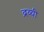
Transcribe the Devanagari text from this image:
द्रव्यी